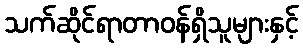
သက်ဆိုင်ရာတာဝန်ရှိသူများနှင့်